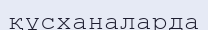
құсханаларда